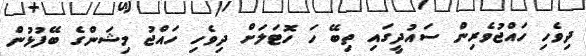
ދިވެހި ހައްޖުވެރިން ސައުދީގައި ތިބޭ ހަ ހޮޓަލަށް ދިވެހި ހައްޖު މިޝަންގެ ބޭފުޅުން